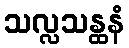
သလ္လသန္ထနံ